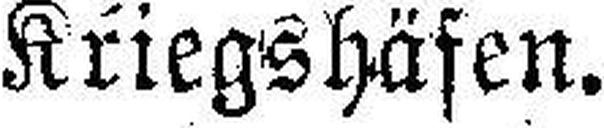
Kriegshäfen.